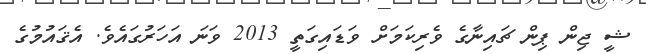
ޝީ ޖިން ޕިން ޗައިނާގެ ވެރިކަމަށް ވަޑައިގަތީ 2013 ވަނަ އަހަރުގައެވެ. އެޤައުމުގެ